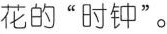
花的“时钟”。